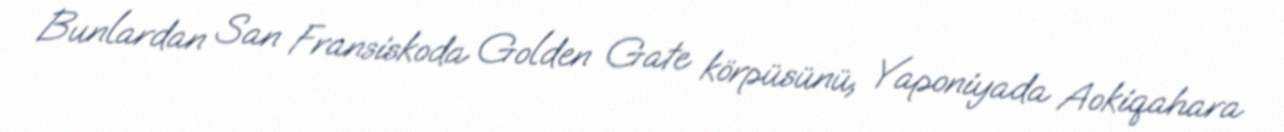
Bunlardan San Fransiskoda Golden Gate körpüsünü, Yaponiyada Aokiqahara